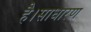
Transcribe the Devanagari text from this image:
है।साधारण